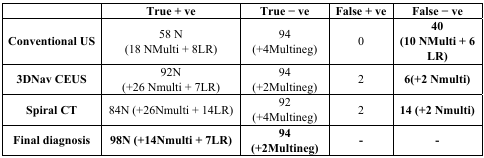
|  | True + ve | True − ve | False + ve | False − ve |
 | --- | --- | --- | --- | --- |
 | Conventional US | 58 N (18 NMulti + 8LR) | 94 (+4Multineg) | 0 | 40 (10 NMulti + 6 LR) |
 | 3DNav CEUS | 92N (+26 Nmulti + 7LR) | 94 (+2Multineg) | 2 | 6(+2 Nmulti) |
 | Spiral CT | 84N (+26Nmulti + 14LR) | 92 (+4Multineg) | 2 | 14 (+2 Nmulti) |
 | Final diagnosis | 98N (+14Nmulti + 7LR) | 94 (+2Multineg) | - | - |